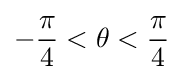
-{\frac {\pi }{4}}<\theta <{\frac {\pi }{4}}